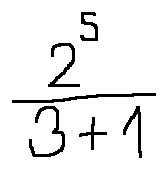
\frac { 2 ^ { 5 } } { 3 + 1 }